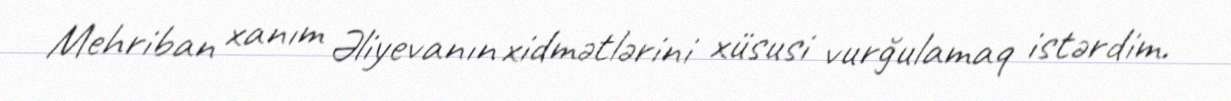
Mehriban xanım Əliyevanın xidmətlərini xüsusi vurğulamaq istərdim.